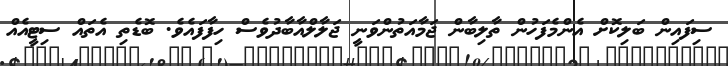
ސިފައިން ބަލިކޮށް އެންމެފަހުން ތާލިބާން ޖަމާއަތުންވަނީ ޖަލާލްއާބާދުވެސް ހިފާފައެވެ. ބޮޑެތި އެތައް ސިޓީއެއް